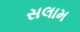
સલામ